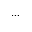
. . .